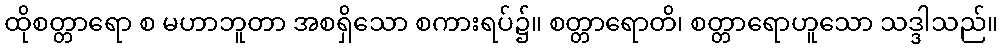
ထိုစတ္တာရော စ မဟာဘူတာ အစရှိသော စကားရပ်၌။ စတ္တာရောတိ၊ စတ္တာရောဟူသော သဒ္ဒါသည်။